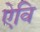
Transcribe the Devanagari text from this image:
ऐवि